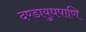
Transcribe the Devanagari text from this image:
दण्डायुधपाणि